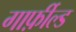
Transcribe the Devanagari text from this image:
गार्फ़ील्ड